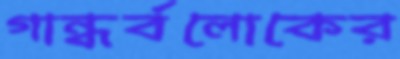
গান্ধর্বলোকের